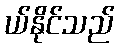
ယ်နိုင်သည်